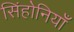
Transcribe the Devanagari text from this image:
सिंहोनियाँ